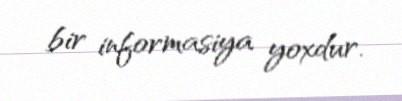
bir informasiya yoxdur.